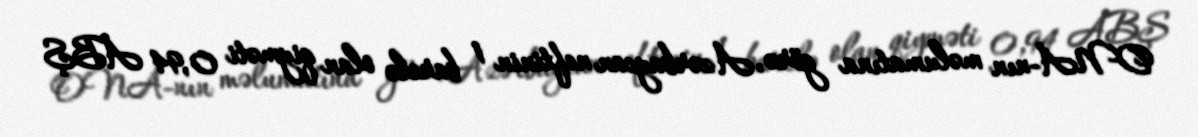
ONA-nın məlumatına görə, Azərbaycan neftinin 1 barelə olan qiyməti 0,94 ABŞ